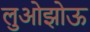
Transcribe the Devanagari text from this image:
लुओझोऊ